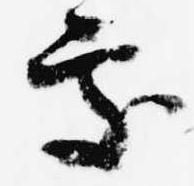
処